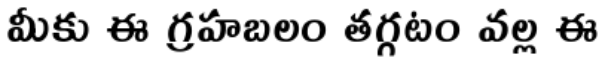
మీకు ఈ గ్రహబలం తగ్గటం వల్ల ఈ